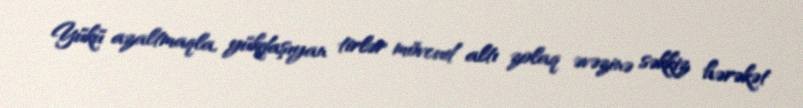
Yükü azaltmaqla, yükdaşıyan tirlər mövcud altı zolaq əvəzinə səkkiz hərəkət